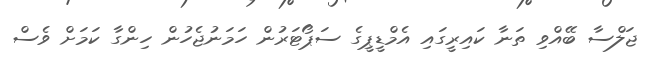
ޖަލްސާ ބޭއްވި ތަނާ ކައިރީގައި އެމްޑީޕީގެ ސަޕޯޓަރުން ހަމަނުޖެހުން ހިންގާ ކަމަށް ވެސް